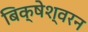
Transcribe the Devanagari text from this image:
बिक्षेश्वरन